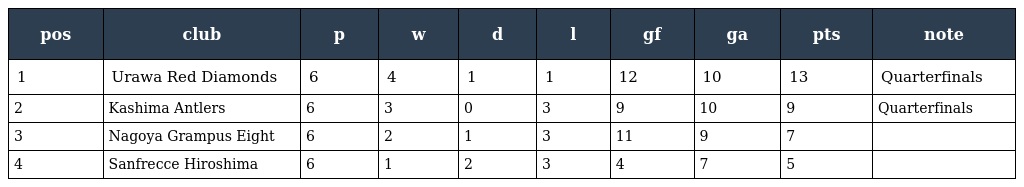
| pos | club | p | w | d | l | gf | ga | pts | note |
 | --- | --- | --- | --- | --- | --- | --- | --- | --- | --- |
 | 1 | Urawa Red Diamonds | 6 | 4 | 1 | 1 | 12 | 10 | 13 | Quarterfinals |
 | 2 | Kashima Antlers | 6 | 3 | 0 | 3 | 9 | 10 | 9 | Quarterfinals |
 | 3 | Nagoya Grampus Eight | 6 | 2 | 1 | 3 | 11 | 9 | 7 |  |
 | 4 | Sanfrecce Hiroshima | 6 | 1 | 2 | 3 | 4 | 7 | 5 |  |